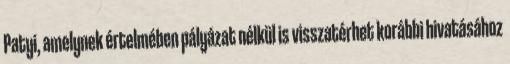
Patyi, amelynek értelmében pályázat nélkül is visszatérhet korábbi hivatásához